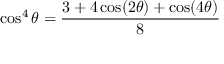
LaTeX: \cos ^ { 4 } \theta = { \frac { 3 + 4 \cos ( 2 \theta ) + \cos ( 4 \theta ) } { 8 } }